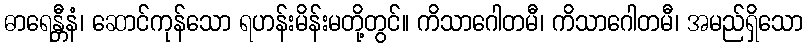
ဓာရေန္တီနံ၊ ဆောင်ကုန်သော ရဟန်းမိန်းမတို့တွင်။ ကိသာဂေါတမီ၊ ကိသာဂေါတမီ၊ အမည်ရှိသော